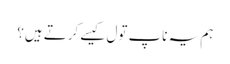
ہم یہ ناپ تول کیسے کرتے ہیں؟